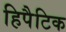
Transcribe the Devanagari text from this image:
हिपैटिक